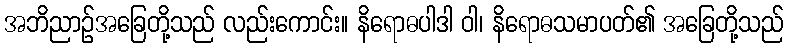
အဘိညာဉ်အခြေတို့သည် လည်းကောင်း။ နိရောဓပါဒါ ဝါ၊ နိရောဓသမာပတ်၏ အခြေတို့သည်